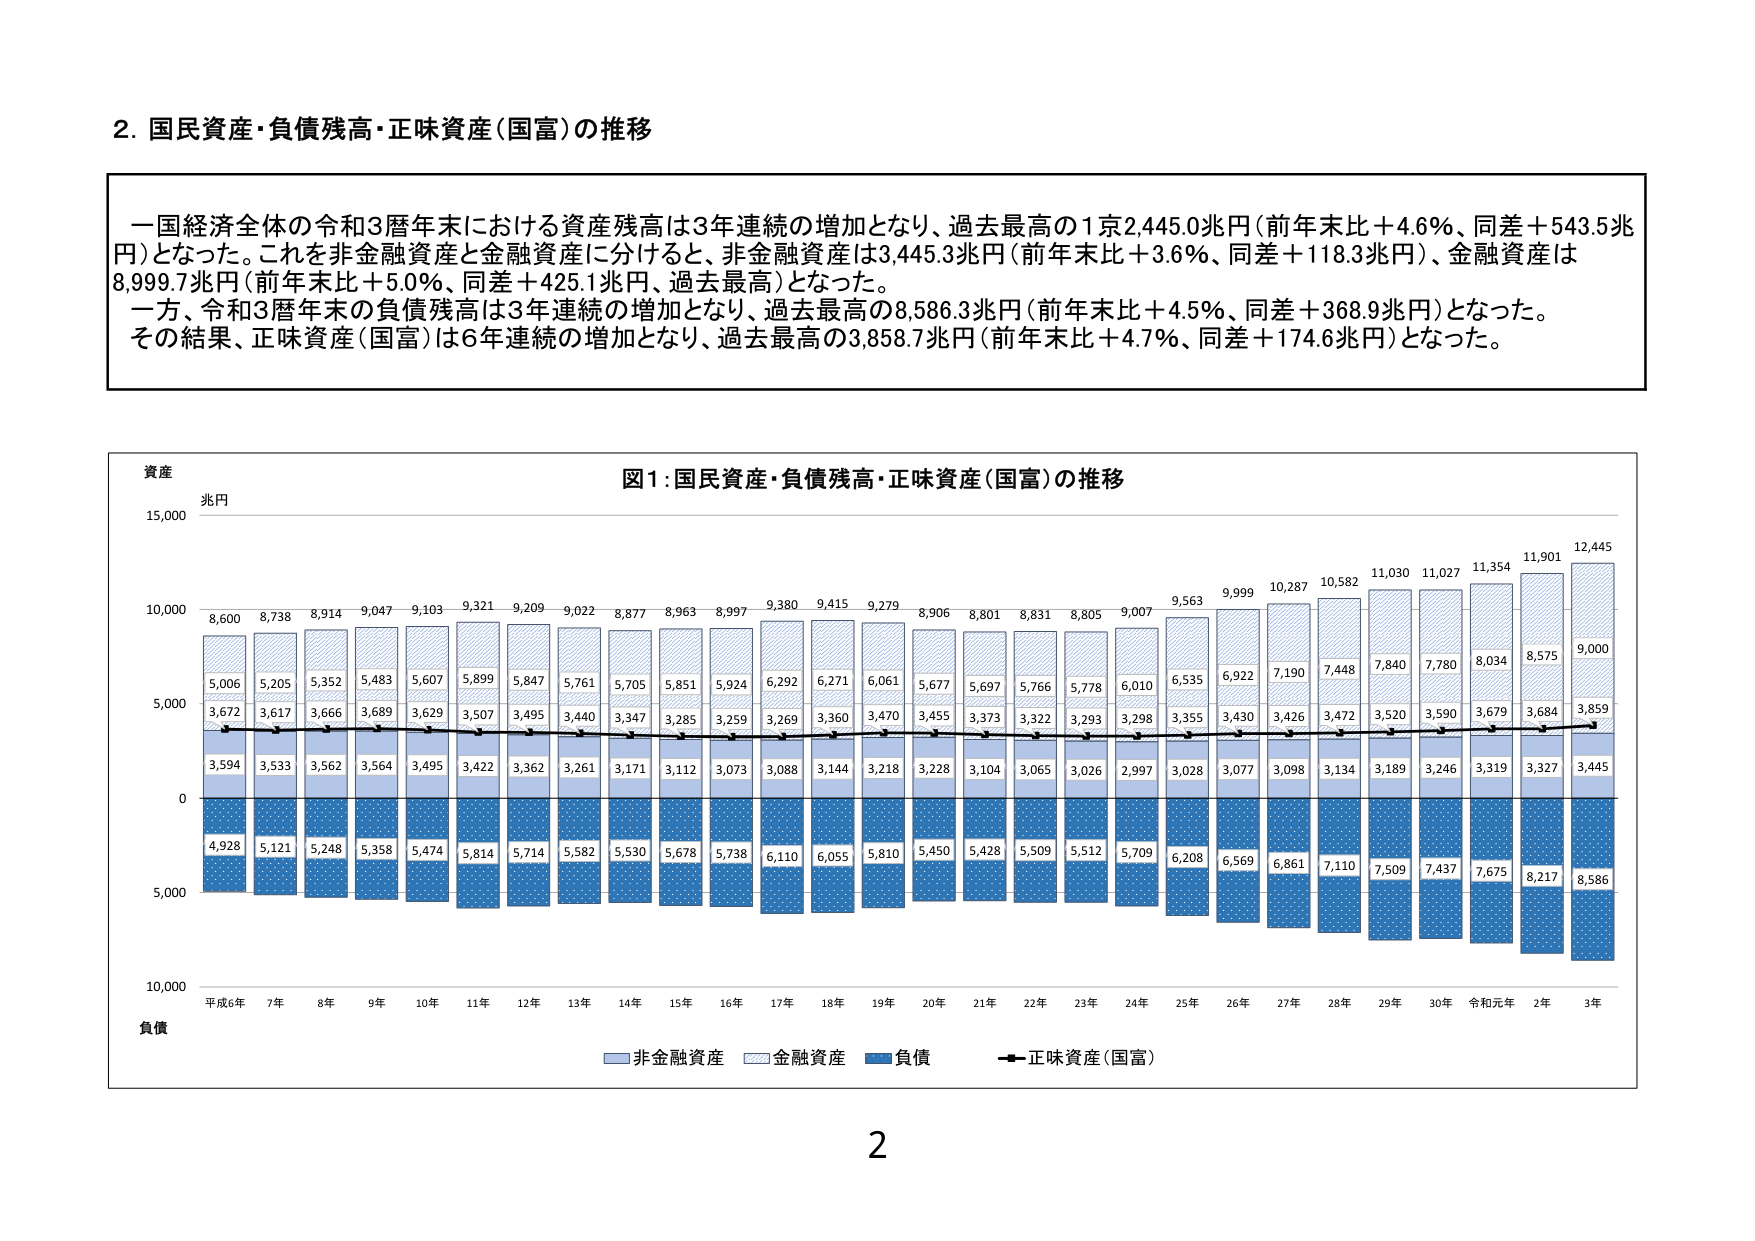
2. 国民資産・負債残高・正味資産（国富）の推移

一国経済全体の令和3暦年末における資産残高は3年連続の増加となり、過去最高の1京2,445.0兆円（前年末比＋4.6％、同差＋543.5兆円）となった。これを非金融資産と金融資産に分けると、非金融資産は3,445.3兆円（前年末比＋3.6％、同差＋118.3兆円）、金融資産は8,999.7兆円（前年末比＋5.0％、同差＋425.1兆円、過去最高）となった。
一方、令和3暦年末の負債残高は3年連続の増加となり、過去最高の8,586.3兆円（前年末比＋4.5％、同差＋368.9兆円）となった。
その結果、正味資産（国富）は6年連続の増加となり、過去最高の3,858.7兆円（前年末比＋4.7％、同差＋174.6兆円）となった。

図1：国民資産・負債残高・正味資産（国富）の推移

資産
兆円
15,000
10,000
5,000
0
-5,000
-10,000

8,600
8,738
8,914
9,047
9,103
9,321
9,209
9,022
8,877
8,963
8,997
9,380
9,415
9,279
8,906
8,801
8,831
8,805
9,007
9,563
9,999
10,287
10,582
11,030
11,027
11,354
11,901
12,445

5,006
5,205
5,352
5,483
5,607
5,899
5,847
5,761
5,705
5,851
5,924
6,292
6,271
6,061
5,677
5,697
5,766
5,778
6,010
6,535
6,922
7,190
7,448
7,840
7,780
8,034
8,575
9,000

3,672
3,617
3,666
3,689
3,629
3,507
3,495
3,440
3,347
3,285
3,259
3,269
3,360
3,470
3,455
3,373
3,322
3,293
3,298
3,355
3,430
3,426
3,472
3,520
3,590
3,679
3,684
3,859

3,594
3,533
3,562
3,564
3,495
3,422
3,362
3,261
3,171
3,112
3,073
3,088
3,144
3,218
3,228
3,104
3,065
3,026
2,997
3,028
3,077
3,098
3,134
3,189
3,246
3,319
3,327
3,445

4,928
5,121
5,248
5,358
5,474
5,814
5,714
5,582
5,530
5,678
5,738
6,110
6,055
5,810
5,450
5,428
5,509
5,512
5,709
6,208
6,569
6,861
7,110
7,509
7,437
7,675
8,217
8,586

平成6年 7年 8年 9年 10年 11年 12年 13年 14年 15年 16年 17年 18年 19年 20年 21年 22年 23年 24年 25年 26年 27年 28年 29年 30年 令和元年 2年 3年

負債

■ 非金融資産
■ 金融資産
■ 負債
■ 正味資産（国富）

2